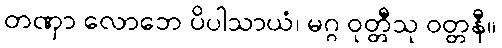
တဏှာ လောဘေ ပိပါသာယံ၊ မဂ္ဂ ဝုတ္တီသု ဝတ္တနီ။